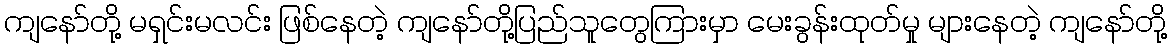
ကျနော်တို့ မရှင်းမလင်း ဖြစ်နေတဲ့ ကျနော်တို့ပြည်သူတွေကြားမှာ မေးခွန်းထုတ်မှု များနေတဲ့ ကျနော်တို့